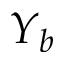
Y _ { b }